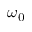
\omega _ { 0 }